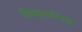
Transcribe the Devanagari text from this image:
चित्रकूटाधिपति